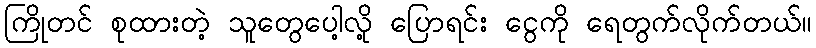
ကြိုတင် စုထားတဲ့ သူတွေပေါ့လို့ ပြောရင်း ငွေကို ရေတွက်လိုက်တယ်။